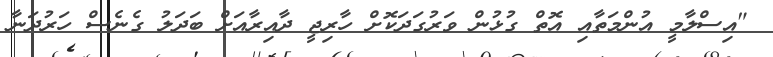
"އިސްލާމީ އުންމަތާއި އޮތް ގުޅުން ވަރުގަދަކޮށް ހާރިޖީ ދާއިރާއަށް ބަދަލު ގެނެސް ހަރުދަނާ